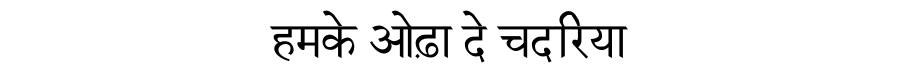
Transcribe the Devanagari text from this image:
हमके ओढ़ा दे चदरिया